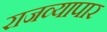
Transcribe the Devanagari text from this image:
राजव्यापार